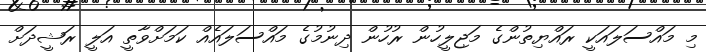
މި މައްސަލައަކީ ރައްޔިތުންގެ މަޖިލީހުން ރުހުން ދިނުމުގެ މައްސަލައެއް ކަމަށްވާތީ އަލީ ރަޝީދަށް